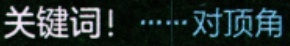
关键词！……对顶角